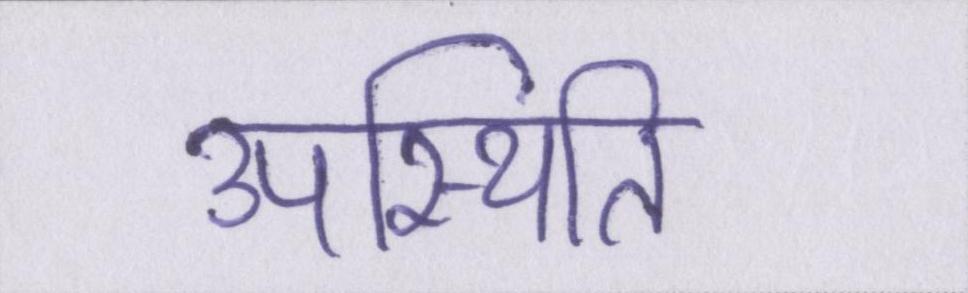
उपस्थिति